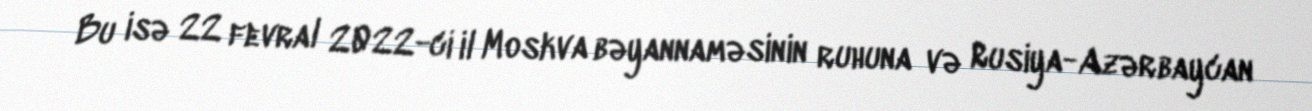
Bu isə 22 fevral 2022-ci il Moskva bəyannaməsinin ruhuna və Rusiya-Azərbaycan